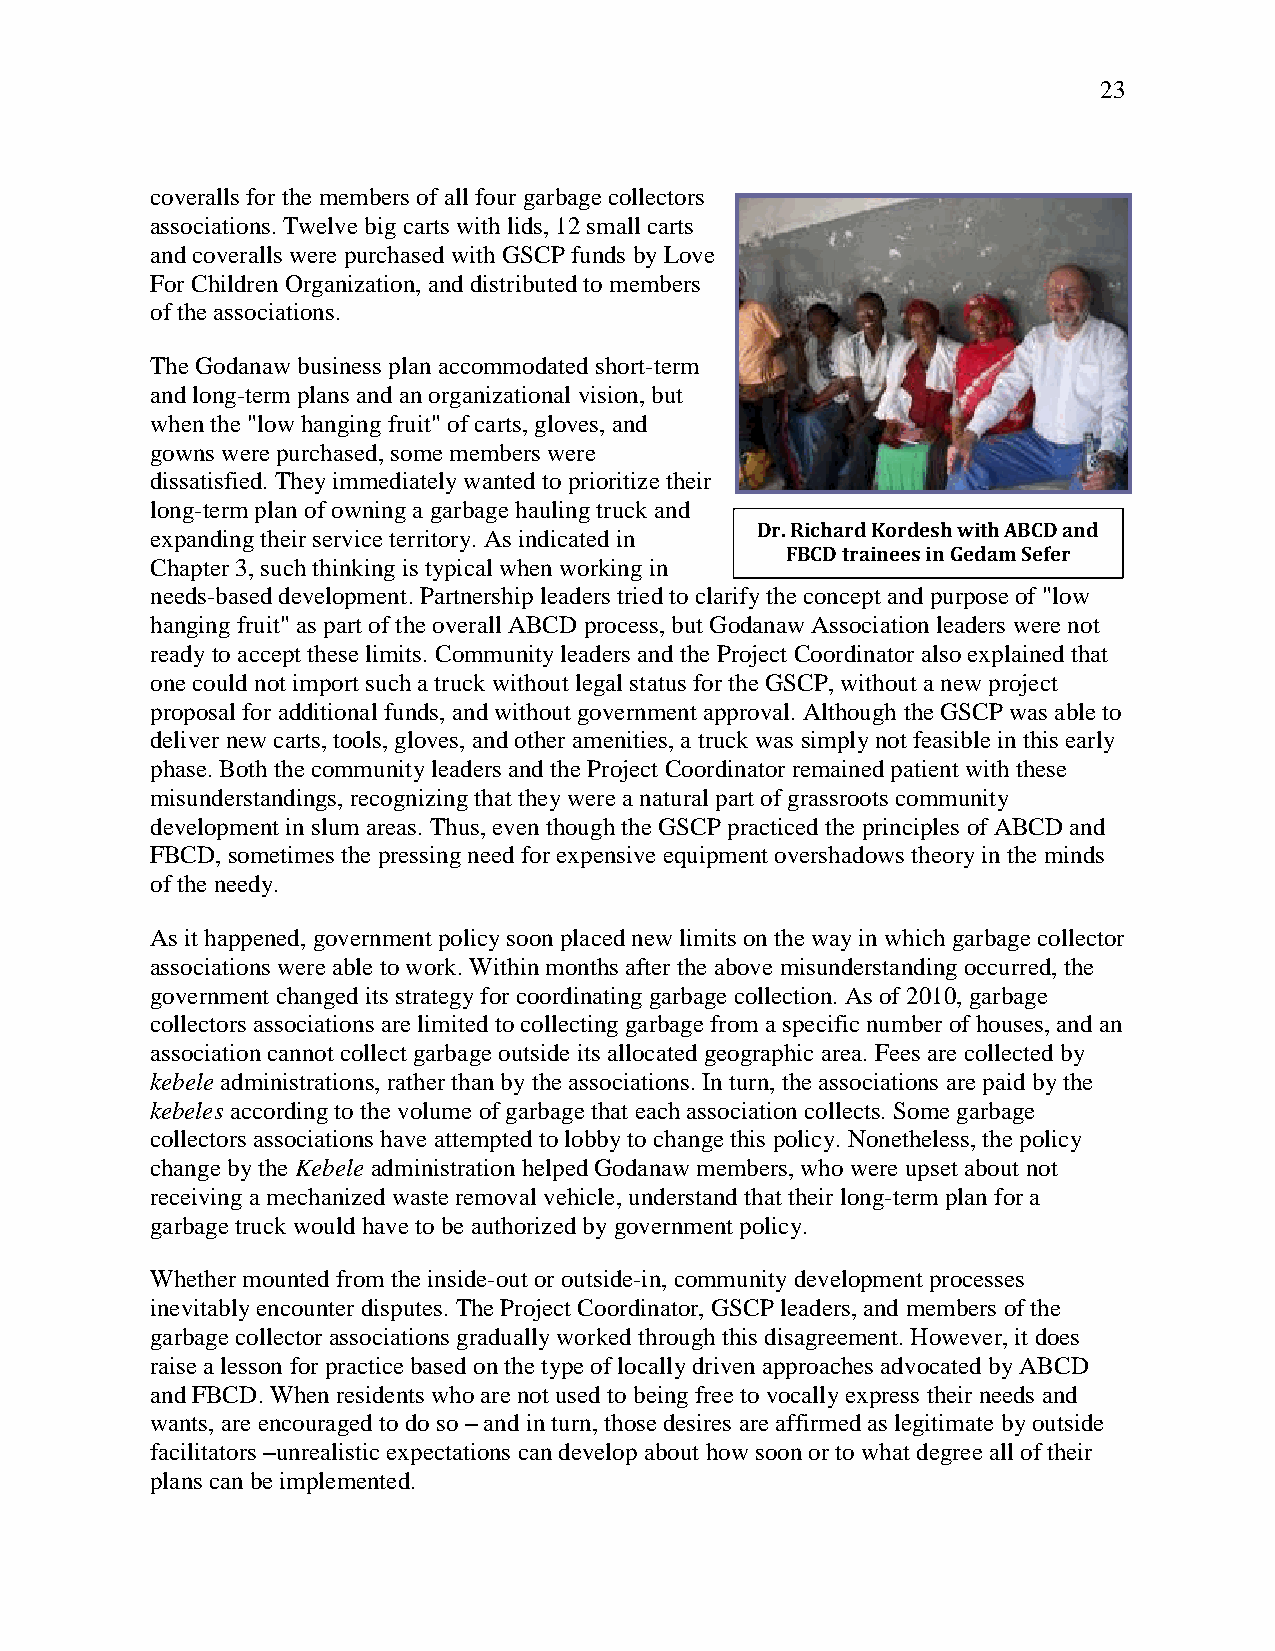
23
 coveralls for the members of all four garbage collectors
 associations. Twelve big carts with lids, 12 small carts
 and coveralls were purchased with GSCP funds by Love
 For Children Organization, and distributed to members
 of the associations.
 The Godanaw business plan accommodated short-term
 and long-term plans and an organizational vision, but
 when the "low hanging fruit" of carts, gloves, and
 gowns were purchased, some members were
 dissatisfied. They immediately wanted to prioritize their
 long-term plan of owning a garbage hauling truck and
 Dr. Richard Kordesh with ABCD and
 expanding their service territory. As indicated in
 FBCD trainees in Gedam Sefer
 Chapter 3, such thinking is typical when working in
 needs-based development. Partnership leaders tried to clarify the concept and purpose of "low
 hanging fruit" as part of the overall ABCD process, but Godanaw Association leaders were not
 ready to accept these limits. Community leaders and the Project Coordinator also explained that
 one could not import such a truck without legal status for the GSCP, without a new project
 proposal for additional funds, and without government approval. Although the GSCP was able to
 deliver new carts, tools, gloves, and other amenities, a truck was simply not feasible in this early
 phase. Both the community leaders and the Project Coordinator remained patient with these
 misunderstandings, recognizing that they were a natural part of grassroots community
 development in slum areas. Thus, even though the GSCP practiced the principles of ABCD and
 FBCD, sometimes the pressing need for expensive equipment overshadows theory in the minds
 of the needy.
 As it happened, government policy soon placed new limits on the way in which garbage collector
 associations were able to work. Within months after the above misunderstanding occurred, the
 government changed its strategy for coordinating garbage collection. As of 2010, garbage
 collectors associations are limited to collecting garbage from a specific number of houses, and an
 association cannot collect garbage outside its allocated geographic area. Fees are collected by
 kebele administrations, rather than by the associations. In turn, the associations are paid by the
 kebeles according to the volume of garbage that each association collects. Some garbage
 collectors associations have attempted to lobby to change this policy. Nonetheless, the policy
 change by the Kebele administration helped Godanaw members, who were upset about not
 receiving a mechanized waste removal vehicle, understand that their long-term plan for a
 garbage truck would have to be authorized by government policy.
 Whether mounted from the inside-out or outside-in, community development processes
 inevitably encounter disputes. The Project Coordinator, GSCP leaders, and members of the
 garbage collector associations gradually worked through this disagreement. However, it does
 raise a lesson for practice based on the type of locally driven approaches advocated by ABCD
 and FBCD. When residents who are not used to being free to vocally express their needs and
 wants, are encouraged to do so – and in turn, those desires are affirmed as legitimate by outside
 facilitators –unrealistic expectations can develop about how soon or to what degree all of their
 plans can be implemented.